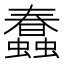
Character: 蠢